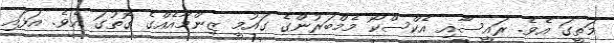
މަތީގަ އެވެ. ރައީސާއި އެކްސްކޯ މެމްބަރުންގެ ގައުމީ ޒިންމާއެއްގެ ގޮތުގަ އެވެ. އަޅައި